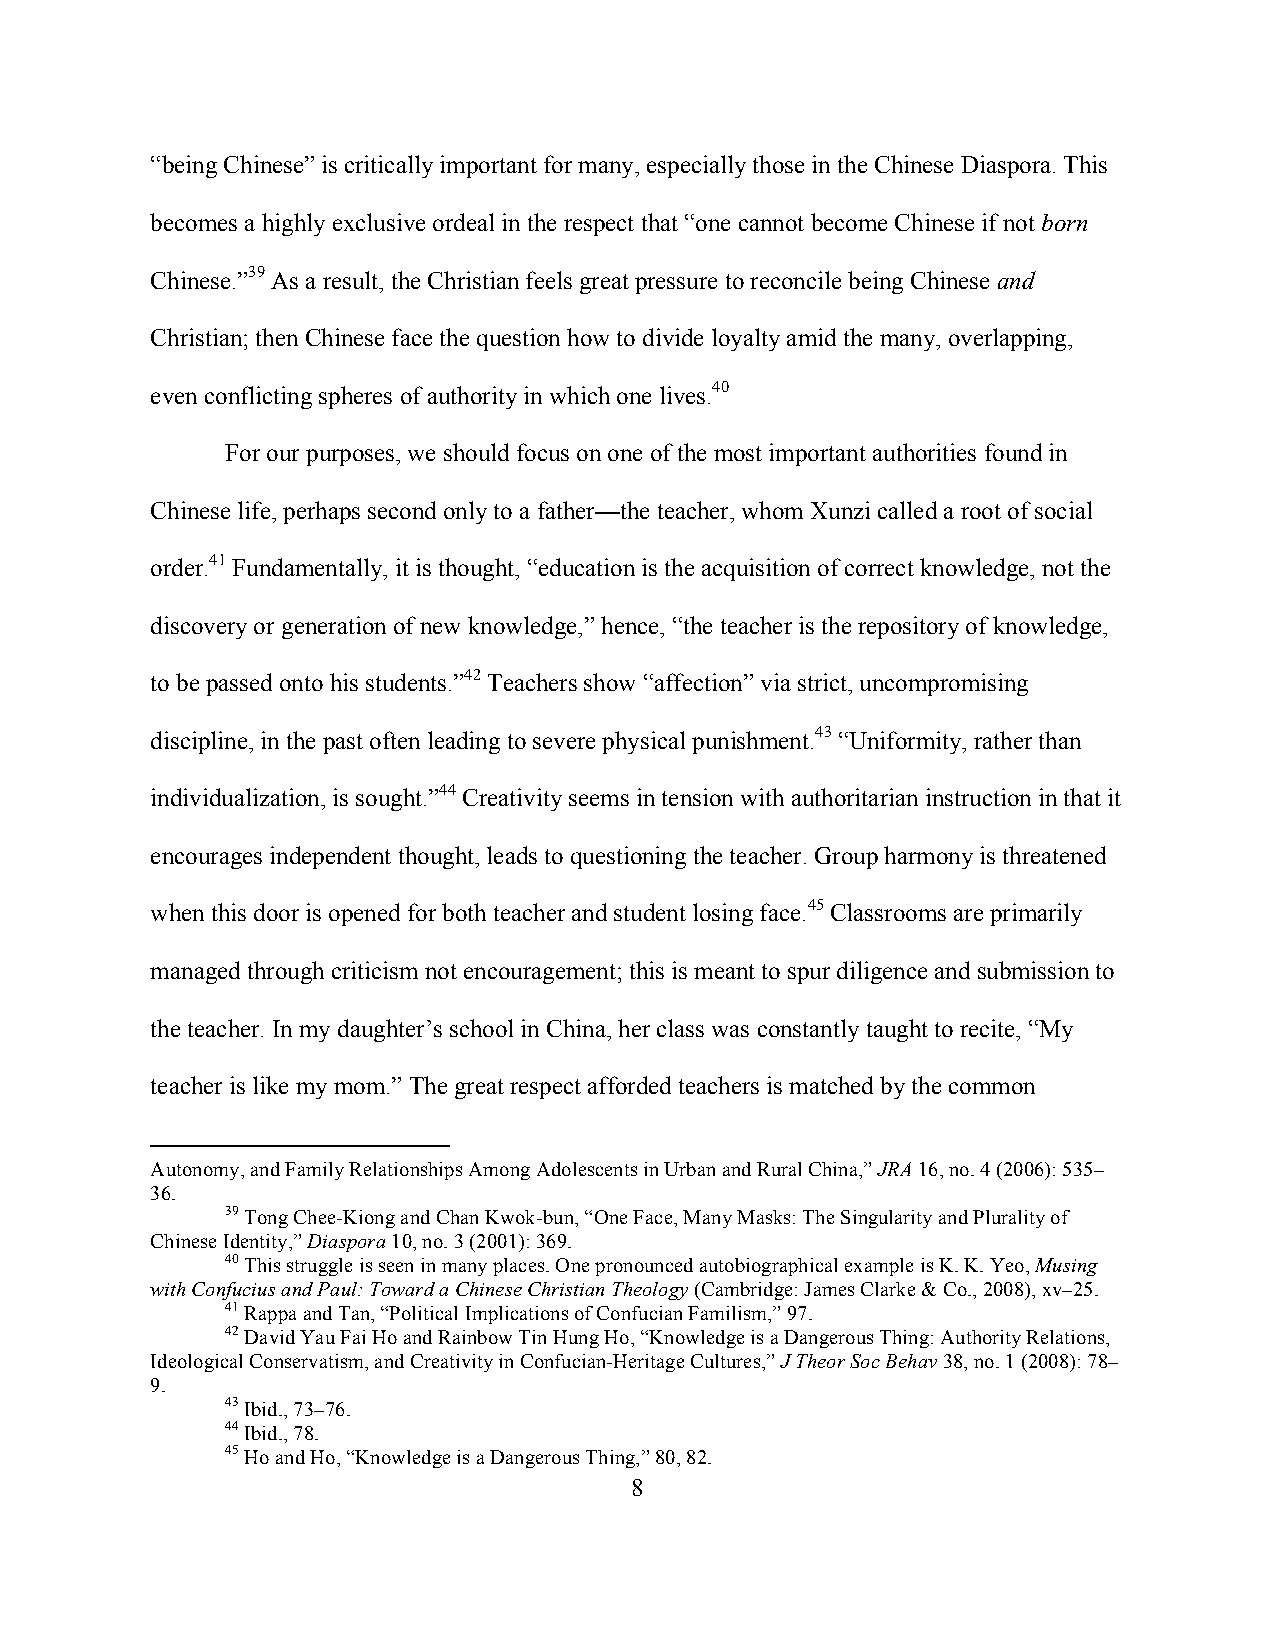
“being Chinese” is critically important for many, especially those in the Chinese Diaspora. This
 becomes a highly exclusive ordeal in the respect that “one cannot become Chinese if not born
 Chinese.”39 As a result, the Christian feels great pressure to reconcile being Chinese and
 Christian; then Chinese face the question how to divide loyalty amid the many, overlapping,
 even conflicting spheres of authority in which one lives.40
 For our purposes, we should focus on one of the most important authorities found in
 Chinese life, perhaps second only to a father—the teacher, whom Xunzi called a root of social
 order.41 Fundamentally, it is thought, “education is the acquisition of correct knowledge, not the
 discovery or generation of new knowledge,” hence, “the teacher is the repository of knowledge,
 to be passed onto his students.”42 Teachers show “affection” via strict, uncompromising
 discipline, in the past often leading to severe physical punishment.43 “Uniformity, rather than
 individualization, is sought.”44 Creativity seems in tension with authoritarian instruction in that it
 encourages independent thought, leads to questioning the teacher. Group harmony is threatened
 when this door is opened for both teacher and student losing face.45 Classrooms are primarily
 managed through criticism not encouragement; this is meant to spur diligence and submission to
 the teacher. In my daughter’s school in China, her class was constantly taught to recite, “My
 teacher is like my mom.” The great respect afforded teachers is matched by the common
 Autonomy, and Family Relationships Among Adolescents in Urban and Rural China,” JRA 16, no. 4 (2006): 535–
 36.
 39 Tong Chee-Kiong and Chan Kwok-bun, “One Face, Many Masks: The Singularity and Plurality of
 Chinese Identity,” Diaspora 10, no. 3 (2001): 369.
 40 This struggle is seen in many places. One pronounced autobiographical example is K. K. Yeo, Musing
 with Confucius and Paul: Toward a Chinese Christian Theology (Cambridge: James Clarke & Co., 2008), xv–25.
 41 Rappa and Tan, “Political Implications of Confucian Familism,” 97.
 42 David Yau Fai Ho and Rainbow Tin Hung Ho, “Knowledge is a Dangerous Thing: Authority Relations,
 Ideological Conservatism, and Creativity in Confucian-Heritage Cultures,” J Theor Soc Behav 38, no. 1 (2008): 78–
 9.
 43 Ibid., 73–76.
 44 Ibid., 78.
 45 Ho and Ho, “Knowledge is a Dangerous Thing,” 80, 82.
 8